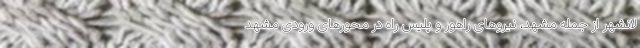
لانشهر از جمله مشهد، نیروهای راهور و پلیس راه در محورهای ورودی مشهد